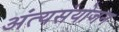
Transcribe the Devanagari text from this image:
अंत्यसंयोजन